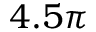
4 . 5 \pi